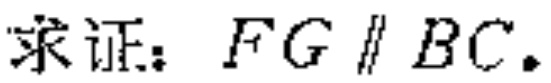
求证：\(FG\parallel BC\)。